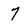
Character: 7